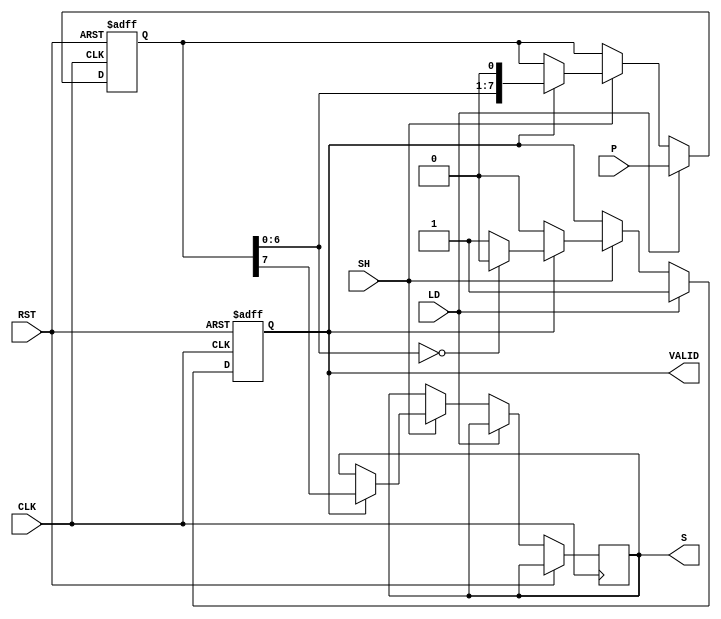
module dynamic_piso_register #(
    parameter N = 8 // Parameter for the width of the register
)(
    input wire [N-1:0] P,   // Parallel input
    input wire LD,          // Load control signal
    input wire SH,          // Shift control signal
    input wire CLK,         // Clock signal
    input wire RST,         // Asynchronous reset signal
    output reg S,           // Serial output
    output reg VALID        // Valid signal for output data
);

    reg [N-1:0] shift_reg; // Shift register to hold the data

    always @(posedge CLK or posedge RST) begin
        if (RST) begin
            shift_reg <= {N{1'b0}}; // Clear the register on reset
            VALID <= 1'b0;          // Set VALID to low
        end else if (LD) begin
            shift_reg <= P;         // Load data into the register
            VALID <= 1'b1;          // Set VALID to high
        end else if (SH) begin
            if (VALID) begin
                S <= shift_reg[N-1]; // Output the most significant bit
                shift_reg <= {shift_reg[N-2:0], 1'b0}; // Shift left
                if (shift_reg[N-2:0] == {N-1{1'b0}}) begin
                    VALID <= 1'b0; // Set VALID to low when all bits are shifted out
                end
            end
        end
    end

endmodule